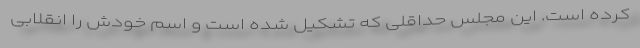
کرده است. این مجلس حداقلی که تشکیل شده است و اسم خودش را انقلابی